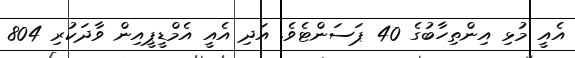
އެއީ މުޅި އިންތިހާބުގެ 40 ޕަސަންޓެވެ. އަދި އެއީ އެމްޑީޕީއިން ވާދަކުރި 804